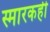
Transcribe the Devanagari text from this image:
स्मारकही